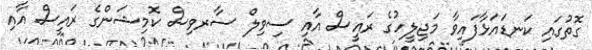
ގޮތުގައި ކަނޑައަޅާފައިވާ މަޖިލީހުގެ ރައީސް އާއި ސިވިލް ސާރވިސް ކޮމިޝަންގެ ރައީސް އާއި